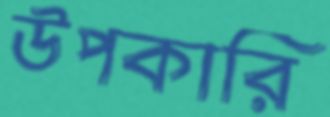
উপকারি